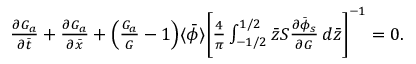
\begin{array} { r } { \frac { \partial G _ { a } } { \partial \bar { t } } + \frac { \partial G _ { a } } { \partial \bar { x } } + \Bigl ( \frac { G _ { a } } { G } - 1 \Bigr ) \langle \bar { \phi } \rangle \biggl [ \frac { 4 } { \pi } \int _ { - 1 / 2 } ^ { 1 / 2 } \bar { z } S \frac { \partial \bar { \phi } _ { s } } { \partial G } \, d \bar { z } \biggr ] ^ { - 1 } = 0 . } \end{array}